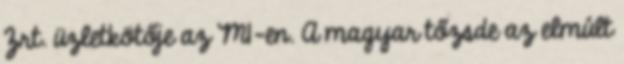
Zrt. üzletkötője az M1-en. A magyar tőzsde az elmúlt